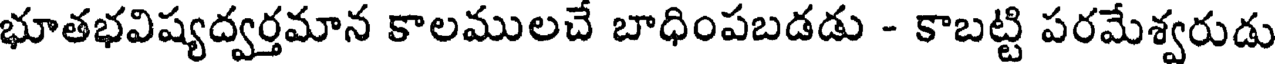
భూతభవిష్యద్వర్తమాన కాలములచే బాధింపబడడు - కాబట్టి పరమేశ్వరుడు